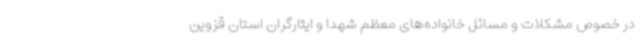
در خصوص مشکلات و مسائل خانواده‌های معظم شهدا و ایثارگران استان قزوین